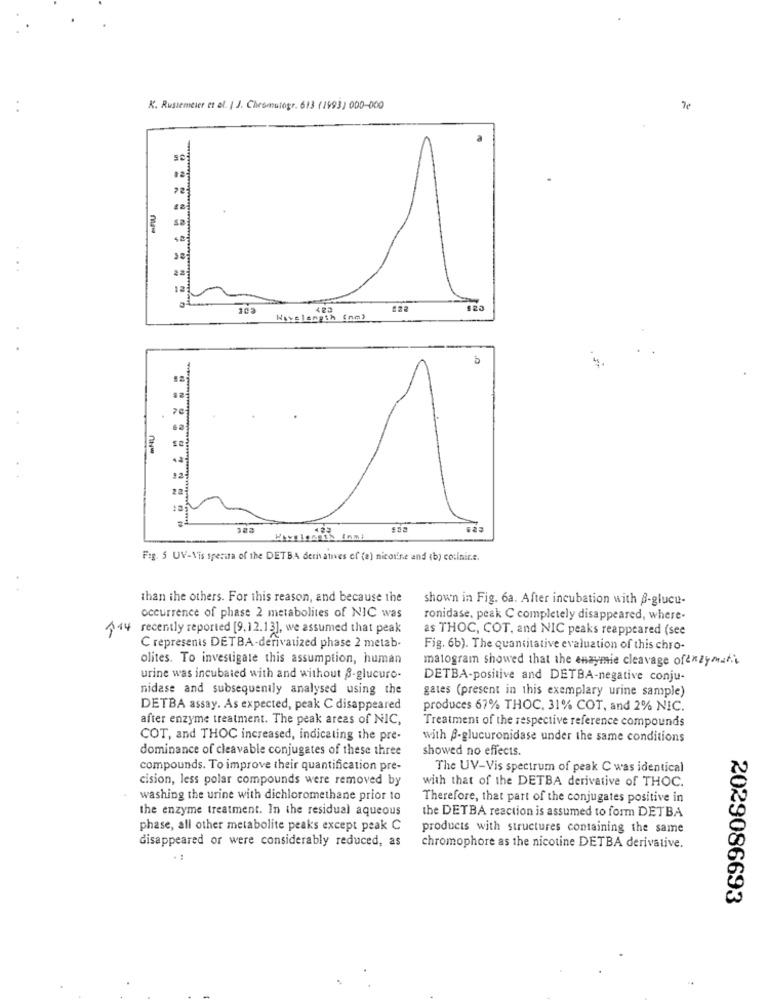
K. Russemeier et al. | J. Chesmutogr. 613 (1993) 000-000
7e
12
122
Wavelength (na)
b
Fig. 5 UV-Vis sperisa of the DETBA derivatives of (a) nicotine and (b) co:inir.e.
than the others. For this reason, and because the
shown in Fig. 6a. After incubation with B-glucu-
occurrence of phase 2 metabolites of NIC was
ronidase, peak C completely disappeared, where-
14 recently reported [9.12.1], we assumed that peak
as THOC, COT, and NIC peaks reappeared (see
C represents DETBA-derivatized phase 2 metab-
Fig. 6b). The quantitative evaluation of this chro-
olites. To investigate this assumption, human
malogram showed that the enzymie cleavage ofenzymatic
urine was incubated with and without 8-glucuro-
DETBA-positive and DETBA-negative conju-
nidase and subsequently analysed using the
gates (present in this exemplary urine sample)
DETBA assay. As expected, peak C disappeared
produces 67% THOC, 31% COT, and 2% NIC.
after enzyme treatment. The peak areas of NIC,
Treatment of the respective reference compounds
COT, and THOC increased, indicating the pre-
with B-glucuronidase under the same conditions
dominance of cleavable conjugates of these three
showed no effects.
compounds. To improve their quantification pre-
The UV-Vis spectrum of peak C was identical
cision, less polar compounds were removed by
with that of the DETBA derivative of THOC.
washing the urine with dichloromethane prior to
Therefore, that part of the conjugates positive in
the enzyme treatment. In the residual aqueous
the DETBA reaction is assumed to form DETBA
phase, all other metabolite peaks except peak C
products with structures containing the same
disappeared or were considerably reduced, as
chromophore as the nicotine DETBA derivative.
2029086693